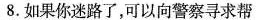
8.如果你迷路了，可以向警察寻求帮